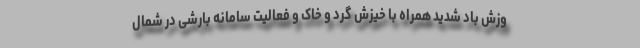
وزش باد شدید همراه با خیزش گرد و خاک و فعالیت سامانه بارشی در شمال